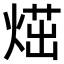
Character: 𤋿